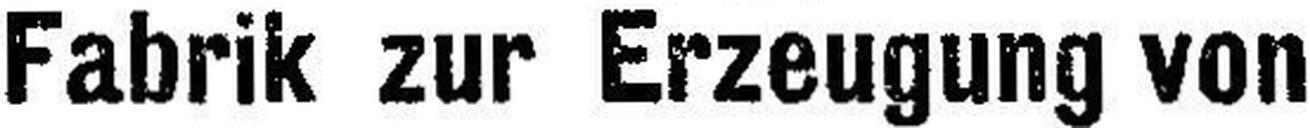
Fabrik zur Erzeugung von